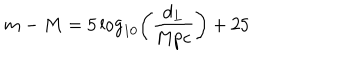
m - M = 5 \log _ { 1 0 } \left( \frac { d _ { L } } { \mathrm { M p c } } \right) + 2 5